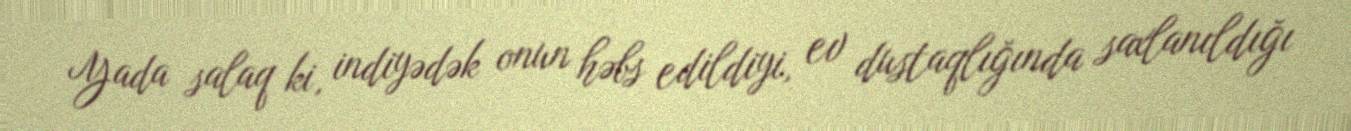
Yada salaq ki, indiyədək onun həbs edildiyi, ev dustaqlığında saxlanıldığı